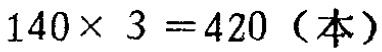
\(140\times 3 = 420（本）\)